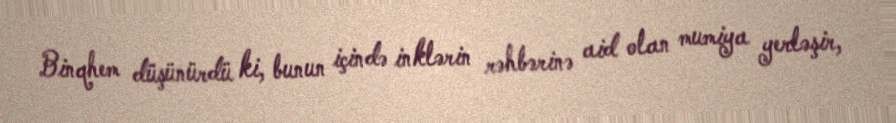
Binqhem düşünürdü ki, bunun içində inklərin rəhbərinə aid olan mumiya yerləşir,